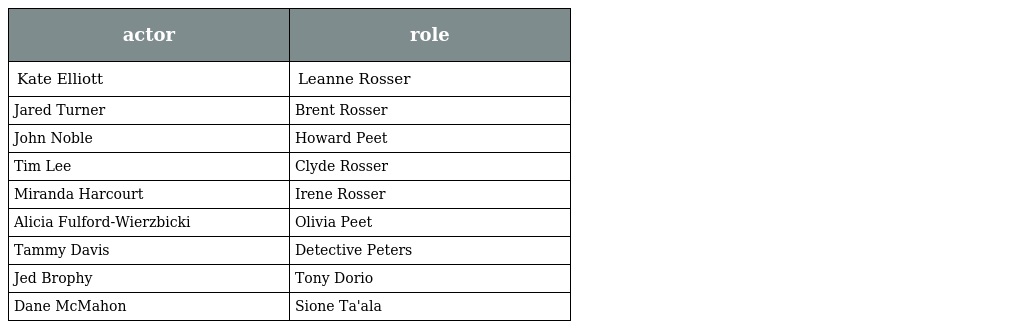
| actor | role |
 | --- | --- |
 | Kate Elliott | Leanne Rosser |
 | Jared Turner | Brent Rosser |
 | John Noble | Howard Peet |
 | Tim Lee | Clyde Rosser |
 | Miranda Harcourt | Irene Rosser |
 | Alicia Fulford-Wierzbicki | Olivia Peet |
 | Tammy Davis | Detective Peters |
 | Jed Brophy | Tony Dorio |
 | Dane McMahon | Sione Ta'ala |